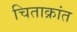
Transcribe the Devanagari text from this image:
चिताक्रांत